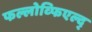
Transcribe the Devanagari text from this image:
फल्लोव्फिएल्द्